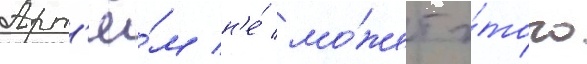
Арт'ё́м н'е́ мо́жет э́того